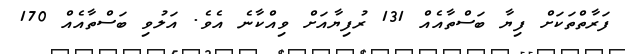
ފަރާތްތަކަށް ފިޔާ ބަސްތާއެއް 131 ރުފިޔާއަށް ވިއްކާނެ އެވެ. އަލުވި ބަސްތާއެއް 170